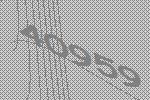
40959